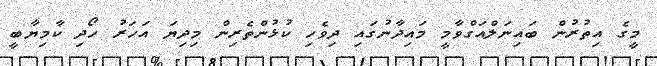
މީގެ އިތުރުން ބައިނަލްއަގްވާމީ މައިދާނުގައި ދިވެހި ކުޅުންތެރިން މިދިޔަ އަހަރު ހޯދި ކާމިޔާބީ